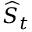
\widehat { S } _ { t }